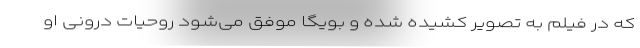
که در فیلم به تصویر کشیده شده و بویگا موفق می‌شود روحیات درونی او